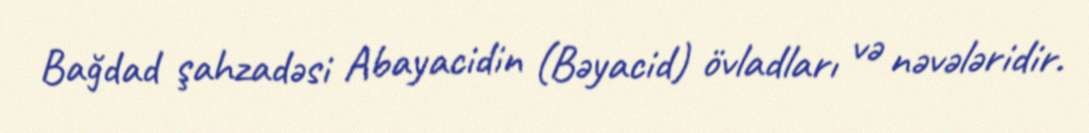
Bağdad şahzadəsi Abayacidin (Bəyacid) övladları və nəvələridir.